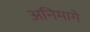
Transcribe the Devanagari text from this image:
अनिमागे